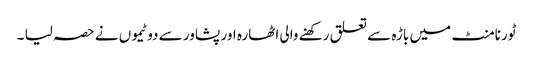
ٹورنامنٹ میں باڑہ سے تعلق رکھنے والی اٹھارہ اور پشاور سے دو ٹیموں نے حصہ لیا ۔